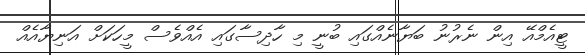
ޓީއެމްއޭ އިން ނެރުނު ބަޔާނެއްގައި ބުނީ މި ހާދިސާގައި އެއްވެސް މީހަކަށް އަނިޔާއެއް